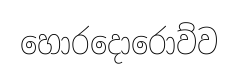
හොරදොරොව්ව